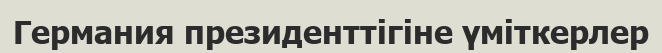
Германия президенттігіне үміткерлер